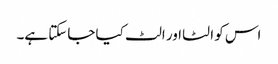
اس کو الٹا اور الٹ کیا جاسکتا ہے۔